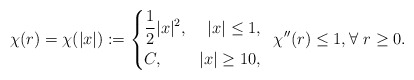
\begin{align*}\chi(r)=\chi(|x|):=\left\{\begin{aligned}&\frac{1}{2}|x|^2,& |x|\leq 1, \\&C,& |x|\geq 10,\end{aligned}\right.\,\,\,\chi^{\prime\prime}(r)\leq 1, \forall \,\, r \geq 0.\end{align*}